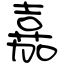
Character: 嘉